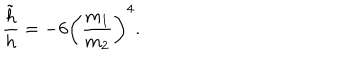
\frac { \tilde { h } } { h } = - 6 \left( \frac { m _ { 1 } } { m _ { 2 } } \right) ^ { 4 } .